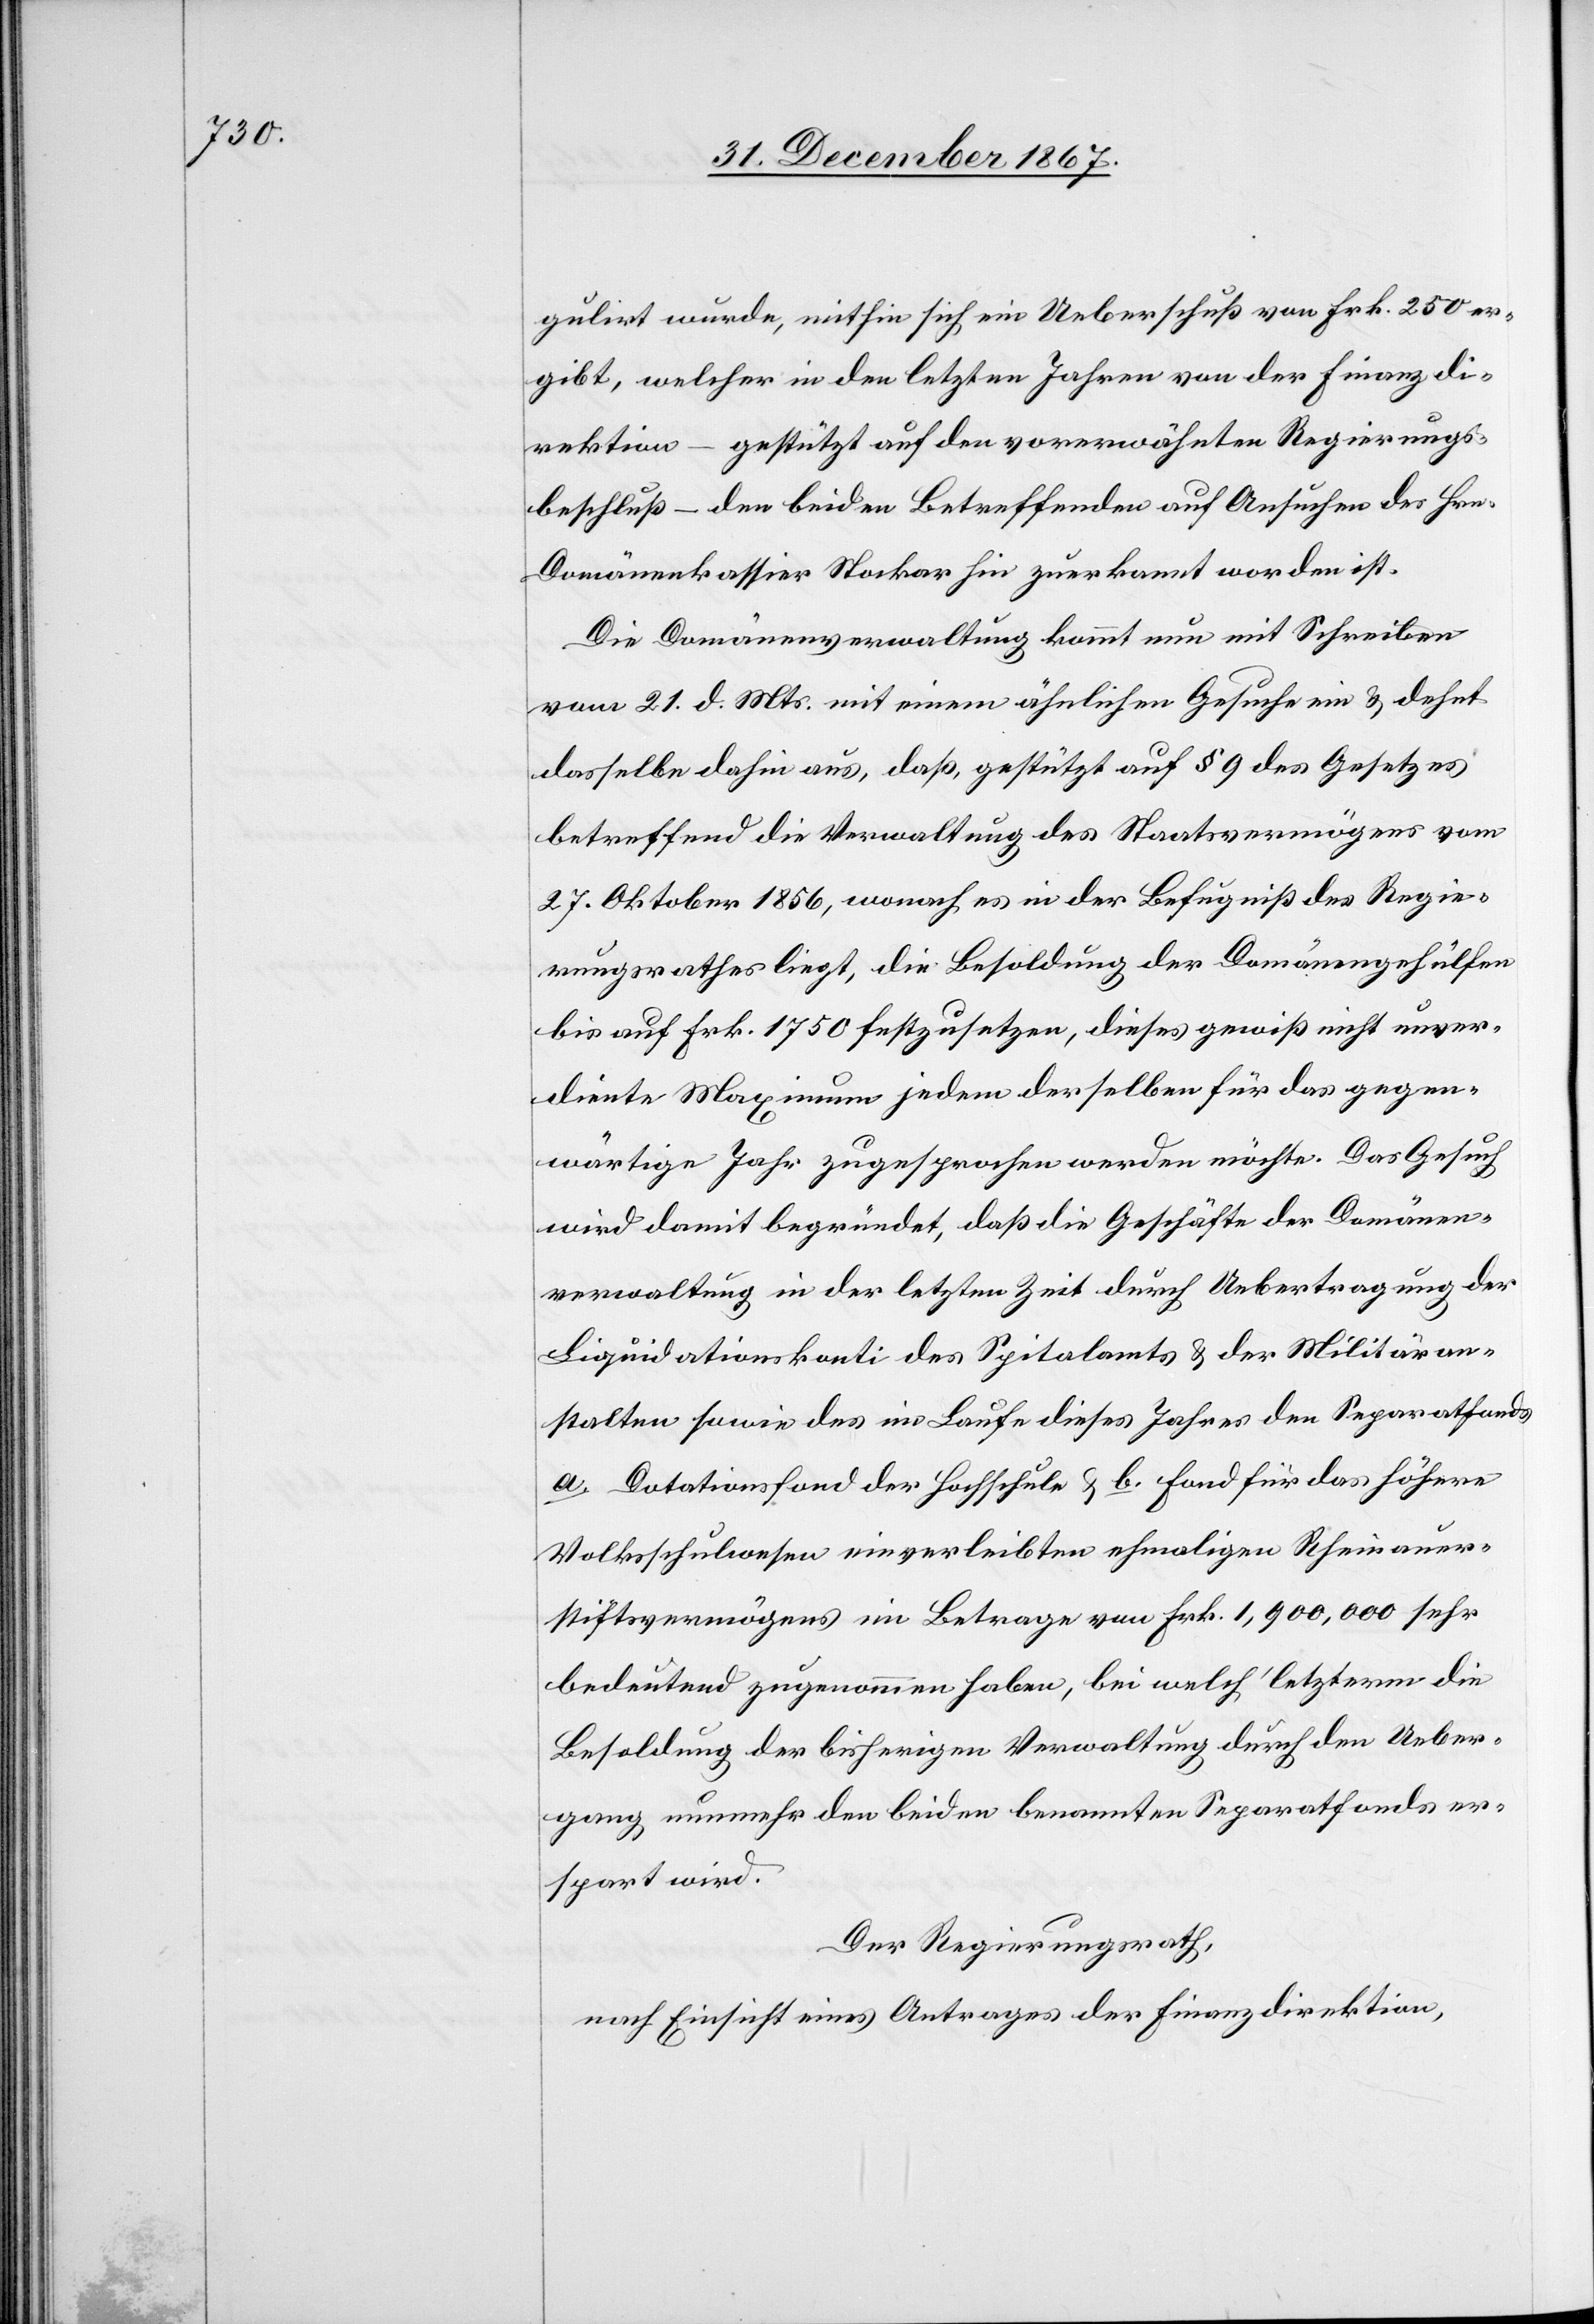
gulirt wurde, mithin sich ein Ueberschuß von Frk. 250 er¬
gibt, welcher in den letzten Jahren von der Finanzdi¬
rektion – gestützt auf den vorerwähnten Regierungs¬
beschluß – den beiden Betreffenden auf Ansuchen des Hrn.
Domänenkassier Stocker hin zuerkannt worden ist.
Die Domänenverwaltung kommt nun mit Schreiben
vom 21. d. Mts. mit einem ähnlichen Gesuche ein u. dehnt
dasselbe dahin aus, daß, gestützt auf § 9 des Gesetzes
betreffend die Verwaltung des Staatsvermögens vom
27. Oktober 1856, wonach es in der Befugniß des Regie¬
rungsrathes liegt, die Besoldung der Domänengehülfen
bis auf Frk. 1750 festzusetzen, dieses gewiß nicht unver¬
diente Maximum jedem derselben für das gegen¬
wärtige Jahr zugesprochen werden möchte. Das Gesuch
wird damit begründet, daß die Geschäfte der Domänen¬
verwaltung in der letzten Zeit durch Uebertragung der
Liquidationskonti des Spitalamts u. der Militäran¬
stalten sowie des im Laufe dieses Jahres den Separatfonds
a. Dotationsfond der Hochschule u. b. Fond für das höhere
Volksschulwesen einverleibten ehemaligen Rheinauer¬
stiftsvermögens im Betrage von Frk. 1 900 000 sehr
bedeutend zugenommen haben, wie welch‘ letzterm die
Besoldung der bisherigen Verwaltung durch den Ueber¬
gang nunmehr den beiden benannten Separatfonds er¬
spart wird.
Der Regierungsrath,
nach Einsicht eines Antrages der Finanzdirektion,